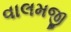
વાલમજી